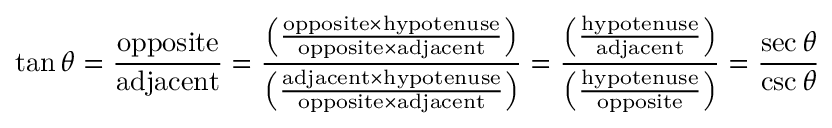
\tan \theta = { \frac { \mathrm { o p p o s i t e } } { \mathrm { a d j a c e n t } } } = { \frac { \left( { \frac { \mathrm { o p p o s i t e } \times \mathrm { h y p o t e n u s e } } { \mathrm { o p p o s i t e } \times \mathrm { a d j a c e n t } } } \right) } { \left( { \frac { \mathrm { a d j a c e n t } \times \mathrm { h y p o t e n u s e } } { \mathrm { o p p o s i t e } \times \mathrm { a d j a c e n t } } } \right) } } = { \frac { \left( { \frac { \mathrm { h y p o t e n u s e } } { \mathrm { a d j a c e n t } } } \right) } { \left( { \frac { \mathrm { h y p o t e n u s e } } { \mathrm { o p p o s i t e } } } \right) } } = { \frac { \sec \theta } { \csc \theta } }